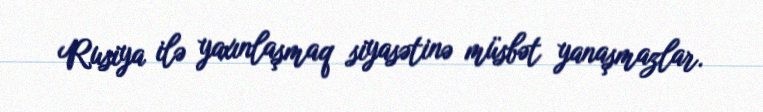
Rusiya ilə yaxınlaşmaq siyasətinə müsbət yanaşmazlar.